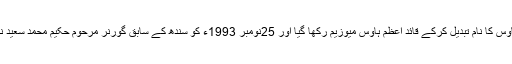
1993ء میں فلیگ سٹاف ہاؤس کا نام تبدیل کرکے قائد اعظم ہاؤس میوزیم رکھا گیا اور 25نومبر 1993ء کو سندھ کے سابق گورنر مرحوم حکیم محمد سعید نے اس میوزیم کا افتتاح کیا۔